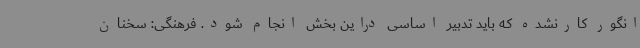
انگور کارنشده که باید تدبیر اساسی دراین بخش انجام شود. فرهنگی: سخنان